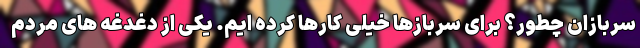
سربازان چطور؟ برای سربازها خیلی کارها کرده ایم. یکی از دغدغه های مردم